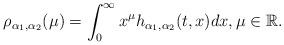
LaTeX: \begin{align*}\rho_{\alpha_{1}, \alpha_{2}}(\mu) = \int_{0}^{\infty} x^{\mu} h_{\alpha_{1}, \alpha_{2}}(t, x) dx, \mu\in\mathbb{R}.\end{align*}